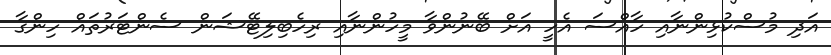
އަދި މުސްކުޅިންނާއި ހާއްސަ އެހީ އަށް ބޭނުންވާ މީހުންނާއި ރިހެބިލިޓޭޝަން ސެންޓަރުތައް ހިންގާ